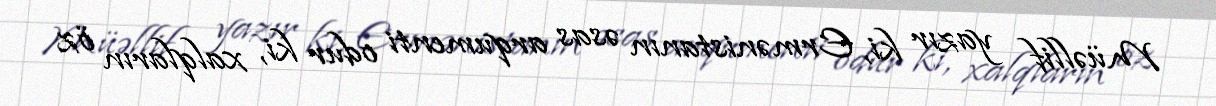
Müəllif yazır ki, Ermənistanın əsas arqumenti odur ki, xalqların öz